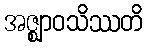
အဇ္ဈာဝသိဿတိ